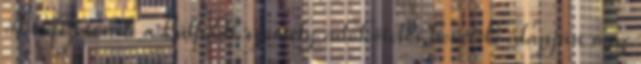
A kifizetőnek a külföldi személy adóköteles bevétele alapján meg